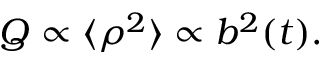
\begin{array} { r } { Q \propto \langle \rho ^ { 2 } \rangle \propto b ^ { 2 } ( t ) . } \end{array}